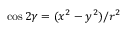
\cos { 2 \gamma } = ( x ^ { 2 } - y ^ { 2 } ) / r ^ { 2 }